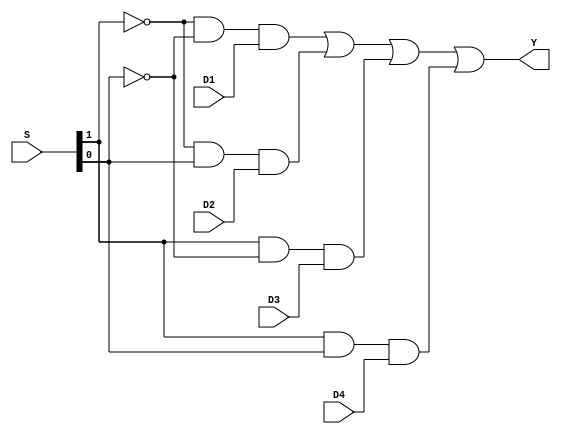
`timescale 1ns / 1ps

module Mux_4_To_1 (
        D1 , D2 , D3, D4 , S , Y
);

	// Define the input and output signals 
	input [1:0] S;
	input D1;
	input D2;
	input D3;
	input D4; 
	output Y;
	
	// Define the MUX4:1 module behaviour
	assign Y = (!S[1] & !S[0] & D1) | (!S[1] & S[0] & D2) | (S[1] & !S[0] & D3)| (S[1] & S[0] & D4);

endmodule // Mux21